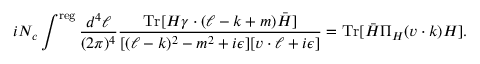
i N _ { c } \int ^ { \mathrm { r e g } } \frac { d ^ { 4 } \ell } { ( 2 \pi ) ^ { 4 } } \frac { \mathrm { T r } [ H \gamma \cdot ( \ell - k + m ) \bar { H } ] } { [ ( \ell - k ) ^ { 2 } - m ^ { 2 } + i \epsilon ] [ v \cdot \ell + i \epsilon ] } = \mathrm { T r } [ \bar { H } \Pi _ { H } ( v \cdot k ) H ] .